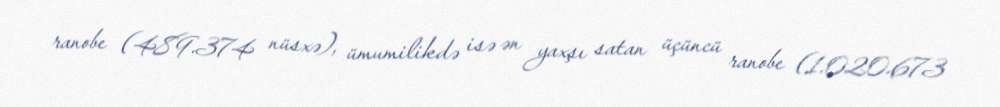
ranobe (489.374 nüsxə), ümumilikdə isə ən yaxşı satan üçüncü ranobe (1.020.673